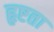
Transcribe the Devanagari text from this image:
हृष्टता